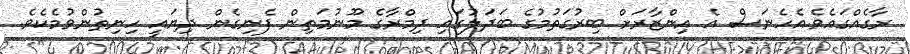
ރާގެއްގައެވެ.އެހެނަސް އެ އިންޒާރަށް ބިރުގަތުމުގެ ބަދަލުގައިި ދިމްރާގެ މޫނުމަތިން ފެނިގެން ދިޔައީ ހިނިތުންވުމެކެވެ.